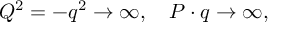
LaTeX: Q ^ { 2 } = - q ^ { 2 } \rightarrow \infty , \quad P \cdot q \rightarrow \infty ,